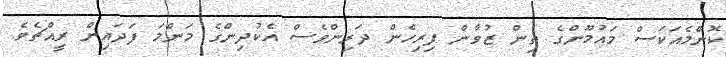
ކޮންމެއަކަސް މައުމޫންގެ ތިން ޒުވާން ފިރިހެން ދަރިންވެސް އެކުދިންގެ މަންމަ ފަދައިން ރީއްޗެވެ.